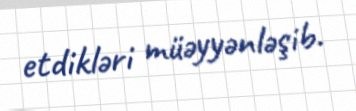
etdikləri müəyyənləşib.